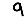
Digit: 9